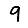
Digit: 9